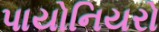
પાયોનિયરો